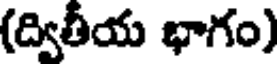
(ద్వితీయ భాగం)